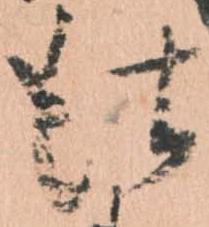
仕